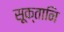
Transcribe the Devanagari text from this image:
सूक्तानि